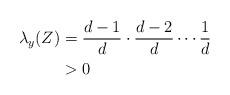
LaTeX: \begin{align*} \lambda_y(Z) &= \frac{d-1}{d} \cdot \frac{d-2}{d} \cdots \frac{1}{d}\\ &> 0 \end{align*}